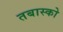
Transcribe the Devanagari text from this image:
तबास्को